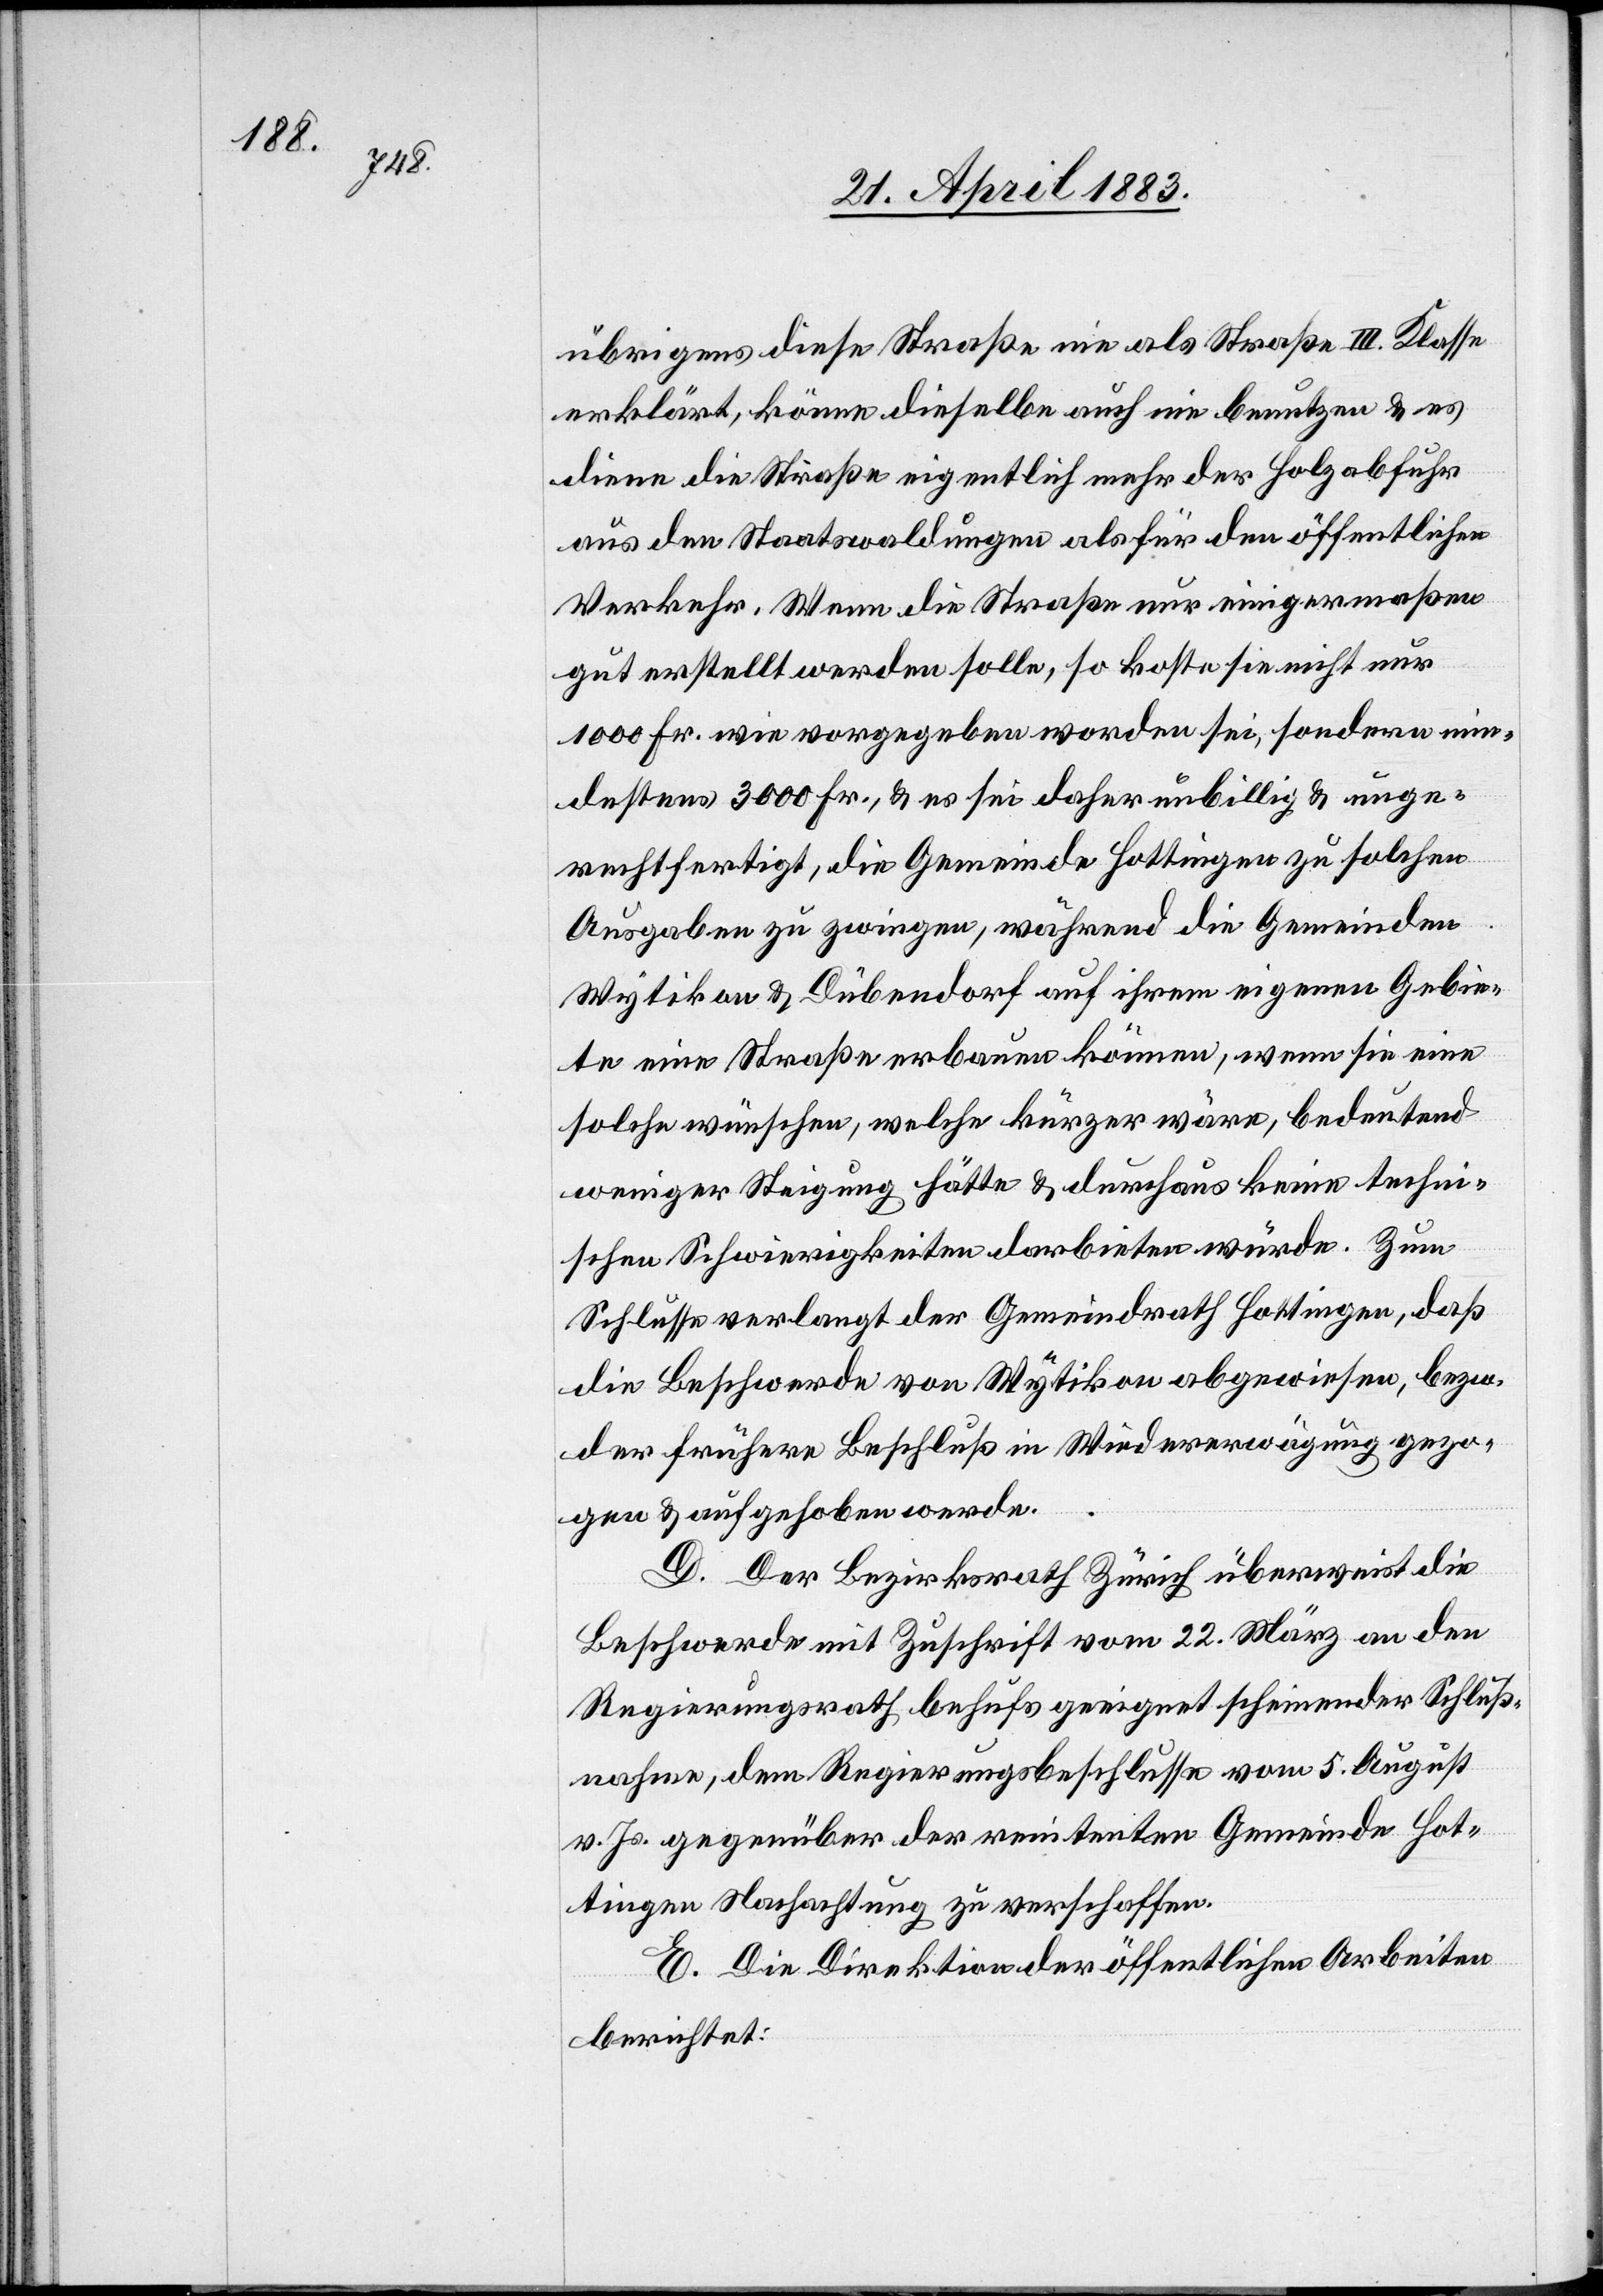
übrigens diese Straße nie als Straße III. Klasse
erklärt, könne dieselbe auch nie benutzen & es
diene die Straße eigentlich mehr der Holzabfuhr
aus den Staatswaldungen als für den öffentlichen
Verkehr. Wenn die Straße nur einigermaßen
gut erstellt werden solle, so koste sie nicht nur
1000 Fr. wie vorgegeben worden sei, sondern min¬
destens 3000 Fr., & es sei daher unbillig & unge¬
rechtfertigt, die Gemeinde Hottingen zu solchen
Ausgaben zu zwingen, während die Gemeinden
Wytikon & Dübendorf auf ihrem eigenen Gebie¬
te eine Straße erbauen können, wenn sie eine
solche wünschen, welche kürzer wäre, bedeutend
weniger Steigung hätte & durchaus keine techni¬
schen Schwierigkeiten darbieten würde. Zum
Schluß verlangt der Gemeindrath Hottingen, daß
die Beschwerde von Wytikon abgewiesen, bezw.
der frühere Beschluß in Wiedererwägung gezo¬
gen & aufgehoben werde.
D. Der Bezirksrath Zürich überweist die
Beschwerde mit Zuschrift vom 22. März an den
Regierungsrath behufs geeignet scheinender Schluß¬
nahme, dem Regierungsbeschlusse vom 5. August
v. Js. gegenüber der renitenten Gemeinde Hot¬
tingen Nachachtung zu verschaffen.
E. Die Direktion der öffentlichen Arbeiten
berichtet: